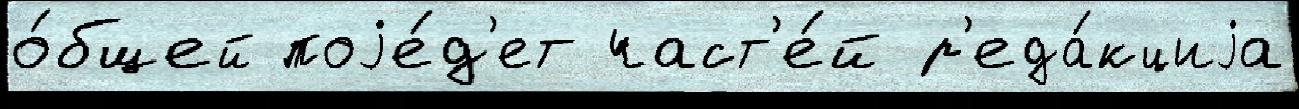
о́бщей поjе́д'ет част'е́й р'еда́кциjа